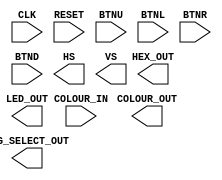
module Master_State_Machine(
input            CLK,
input            RESET,
input            BTNU,
input            BTNL,
input            BTNR,
input            BTND,
input     [11:0] COLOUR_IN,
output    [11:0] COLOUR_OUT,
output    [3:0]  SEG_SELECT_OUT,
output    [7:0]  HEX_OUT,
output           HS,
output           VS,
output [7:0] LED_OUT  
    );
    
    reg [1:0] curr_state;
    reg [1:0] next_state;
    
    
    
     always@(posedge CLK)begin
           if(RESET)begin
              curr_state <= 4'h0;
           end
                                                
           else begin
              curr_state <= next_state;  
           end
        end
        
     always@(curr_state or BTNL or BTNU or BTNR or BTND )begin
           case (curr_state)
           2'b00    :   begin
               if (BTNL||BNTU||BNTR||BNTD) 
                   next_state <= 2'b01;
              
               else 
                   next_state <= curr_state;
               
           end
                                   
           
                                   
           2'b01    :   begin
               if (COLLECT_10_SCORE) begin
                  next_state <= 2'b10;
                  end

               else begin
                  next_state <= curr_state;
                  end
           end
           
           
           2'b10    :   begin

                   next_state <= curr_state;
           end     
         
        endcase
     end    
     
     assign MSM_State = curr_state;
     
endmodule